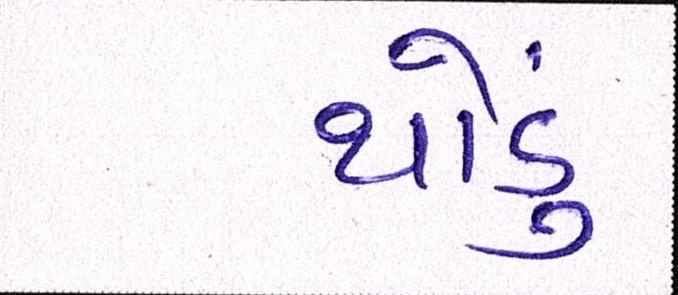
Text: થોડું